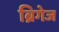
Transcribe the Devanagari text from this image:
ब्रिगेज